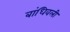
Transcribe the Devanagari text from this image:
बांधिवली